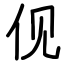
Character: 伣